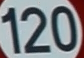
120